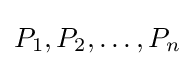
P_{1},P_{2},\ldots ,P_{n}